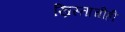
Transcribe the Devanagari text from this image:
ख्रिस्ताचीही